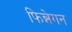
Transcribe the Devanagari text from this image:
फिन्नेगन